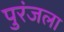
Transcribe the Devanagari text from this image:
पुरंजला